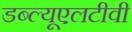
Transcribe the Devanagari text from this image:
डब्ल्यूएलटीवी